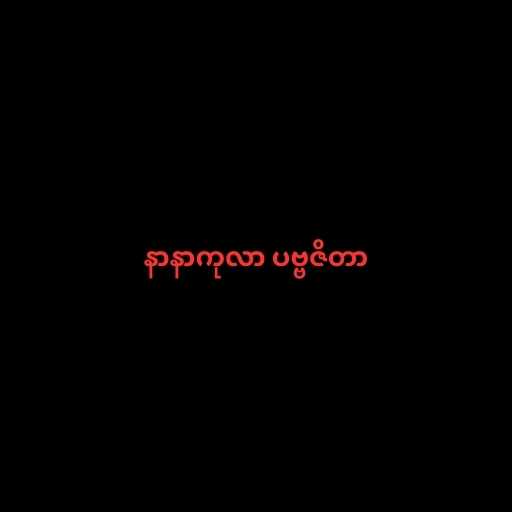
နာနာကုလာ ပဗ္ဗဇိတာ